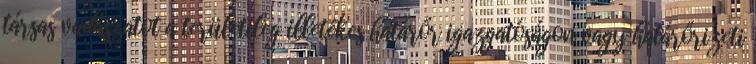
társas vadászatot a területileg illetékes határőr igazgatóságon vagy határőrizeti